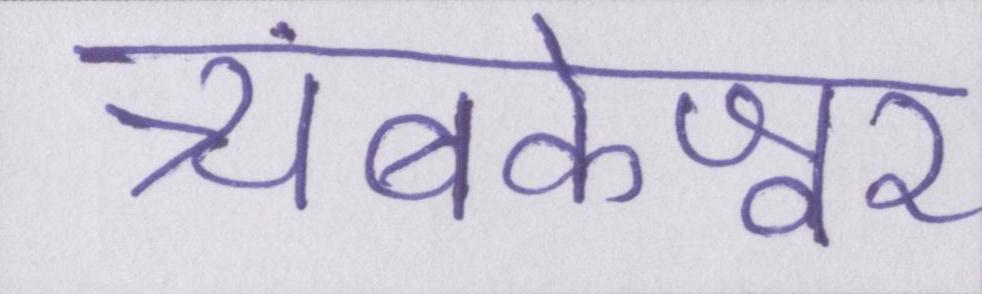
त्र्यंबकेश्वर